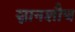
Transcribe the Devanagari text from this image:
स्नानशौच